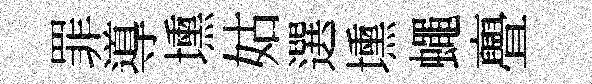
罪導壎姑選壎蠅亹